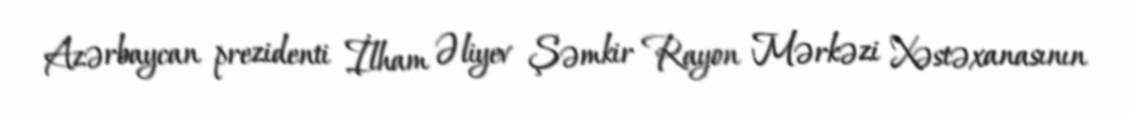
Azərbaycan prezidenti İlham Əliyev Şəmkir Rayon Mərkəzi Xəstəxanasının